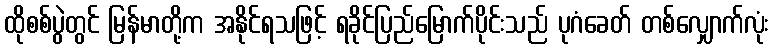
ထိုစစ်ပွဲတွင် မြန်မာတို့က အနိုင်ရသဖြင့် ရခိုင်ပြည်မြောက်ပိုင်းသည် ပုဂံခေတ် တစ်လျှောက်လုံး